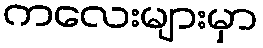
ကလေးများမှာ